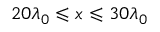
2 0 \lambda _ { 0 } \leqslant x \leqslant 3 0 \lambda _ { 0 }